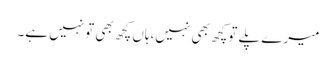
میرے پلے توکچھ بھی نہیں،ہاں کچھ بھی تونہیں ہے۔